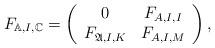
LaTeX: \begin{align*} F_{\mathbb{A},I,\mathbb{C}} =\left( \begin{array}{cc} 0 & F_{A,I,I} \\ F_{\mathfrak{A},I,K} & F_{A,I,M} \\ \end{array} \right),\end{align*}